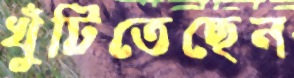
খুঁটিতেছেন